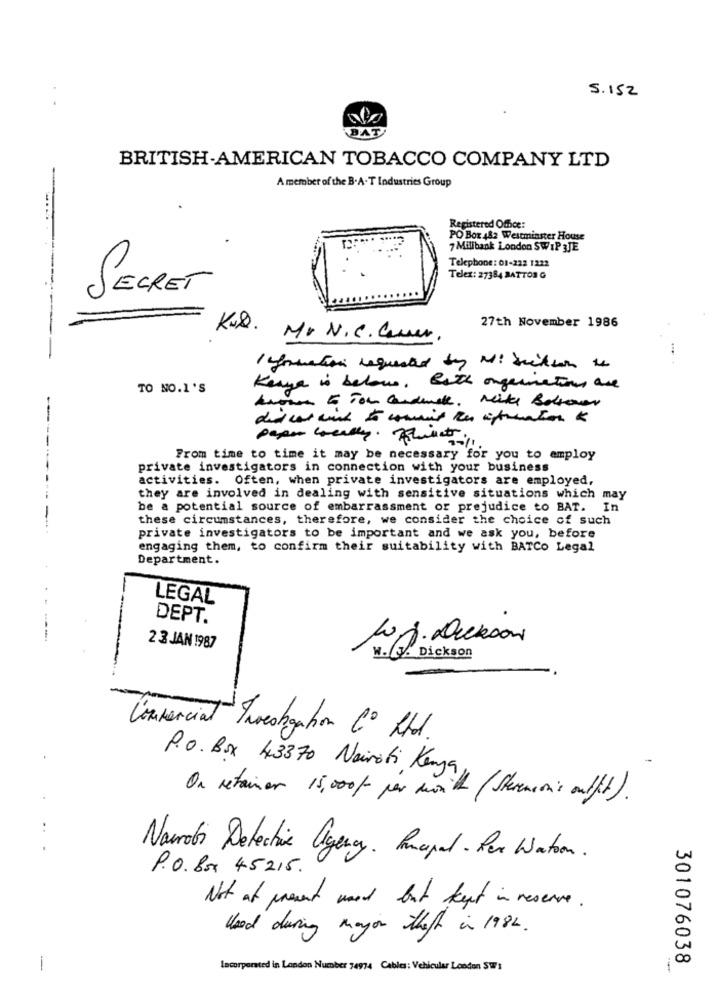
5.152
BAT
BRITISH-AMERICAN TOBACCO COMPANY LTD
A member of the B.A-T Industries Group
Registered Office:
PO Box 482 Westminster House
7 Millbank London SWIP 3JE
Telephone: 01-222 1222
Telex: 27384 BATTOS G
SECRET
K.2.
27th November 1986
Mr. N. C. Quer.
----
Information request boy N: Section to
TO NO.1'S
Kenya is below. Both organations are
known 5 You candance. Mike Bottwar
From time to time it may be necessary for you to employ
---
private investigators in connection with your business
activities. Often, when private investigators are employed,
they are involved in dealing with sensitive situations which may
be a potential source of embarrassment or prejudice to BAT.
In
these circumstances, therefore, we consider the choice of such
private investigators to be important and we ask you, before
engaging them, to confirm their suitability with BATCo Legal
Department.
LEGAL
DEPT.
Joj. Dickson
2 3 JAN 1987
W. J. Dickson
Commercial Twetigation Co Ltd .
P.O. Box 43370 Nairobi, Kenya,
On retainer 15,000/- per with (Stevensonis outfit).
..
Nairobi Detective Agency . Propal - Per Waton .
P.O. Box 45215.
Not at point mond but kept in reserve .
Used during mayor that in 1982 .
301076038
-
Lacorporated in London Number 74974 Cables: Vehicular London SW1